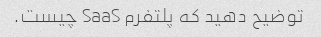
توضیح دهید که پلتفرم SaaS چیست.